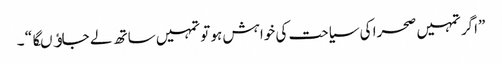
”اگر تمہیں صحرا کی سیاحت کی خواہش ہو تو تمہیں ساتھ لے جاﺅںگا “ ۔